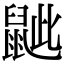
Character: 𪕑